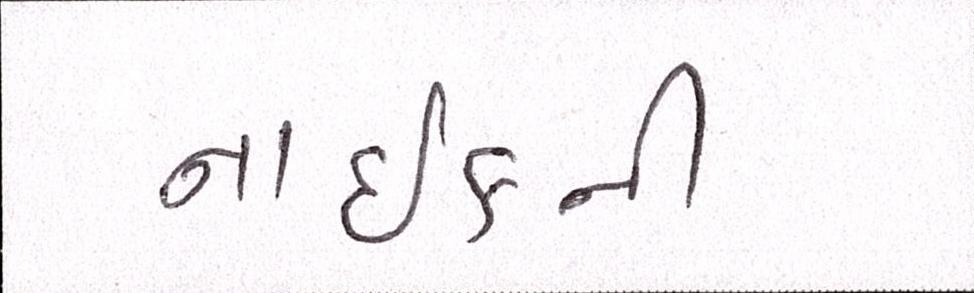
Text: નાઈકની